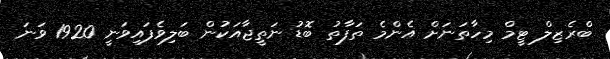
ބްރެޒިލް ޓީމް މިހާތަނަށް އެންމެ ތަފާތު ބޮޑު ނަތީޖާއަކުން ބަލިވެފައިވަނީ 1920 ވަނަ